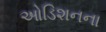
ઓડિશનના